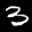
Label: 3